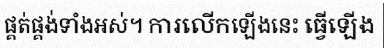
ផ្គត់ផ្គង់ទាំងអស់។ ការលើកឡើងនេះ ធ្វើឡើង